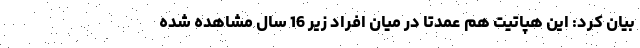
بیان کرد: این هپاتیت هم عمدتا در میان افراد زیر 16 سال مشاهده شده